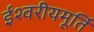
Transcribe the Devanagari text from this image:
ईश्वरीयमूर्ति